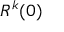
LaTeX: R ^ { k } { ( 0 ) }